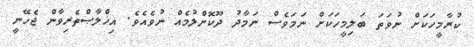
ކުރާމީހަކަށް ނުވަތަ ބަލިމީހަކަށް ނަމަވެސް ނަމާދު ދޫކޮށްލުމެއް ނުވެއެވެ. އިޚްލާޞްތެރިވާން ޖެހޭނީ